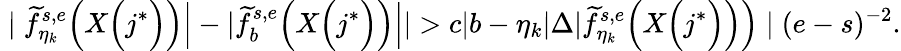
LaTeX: \Big.\Big.\Big.\mid\widetilde{f}_{\eta_{k}}^{s,e}\Big(X\Big(j^{*}\Big)\Big)\Big|-|\widetilde{f}_{b}^{s,e}\Big(X\Big(j^{*}\Big)\Big)\Big||>c|b-\eta_{k}|\Delta|\widetilde{f}_{\eta_{k}}^{s,e}\Big(X\Big(j^{*}\Big)\Big)\Big)\mid(e-s)^{-2}.